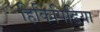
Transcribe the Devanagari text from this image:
हिकिपिडिया